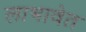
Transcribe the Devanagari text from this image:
लाभावेत